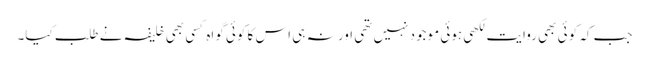
جب کہ کوئی بھی روایت لکھی ہوئی موجود نہیں تھی اور نہ ہی اس کا کوئی گواہ کسی بھی خلیفہ نے طلب کیا۔